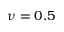
\nu = 0 . 5